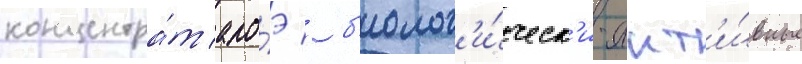
концентра́т ало́э / б'иолог'и́ческ'и-акт'и́вные